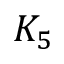
K _ { 5 }